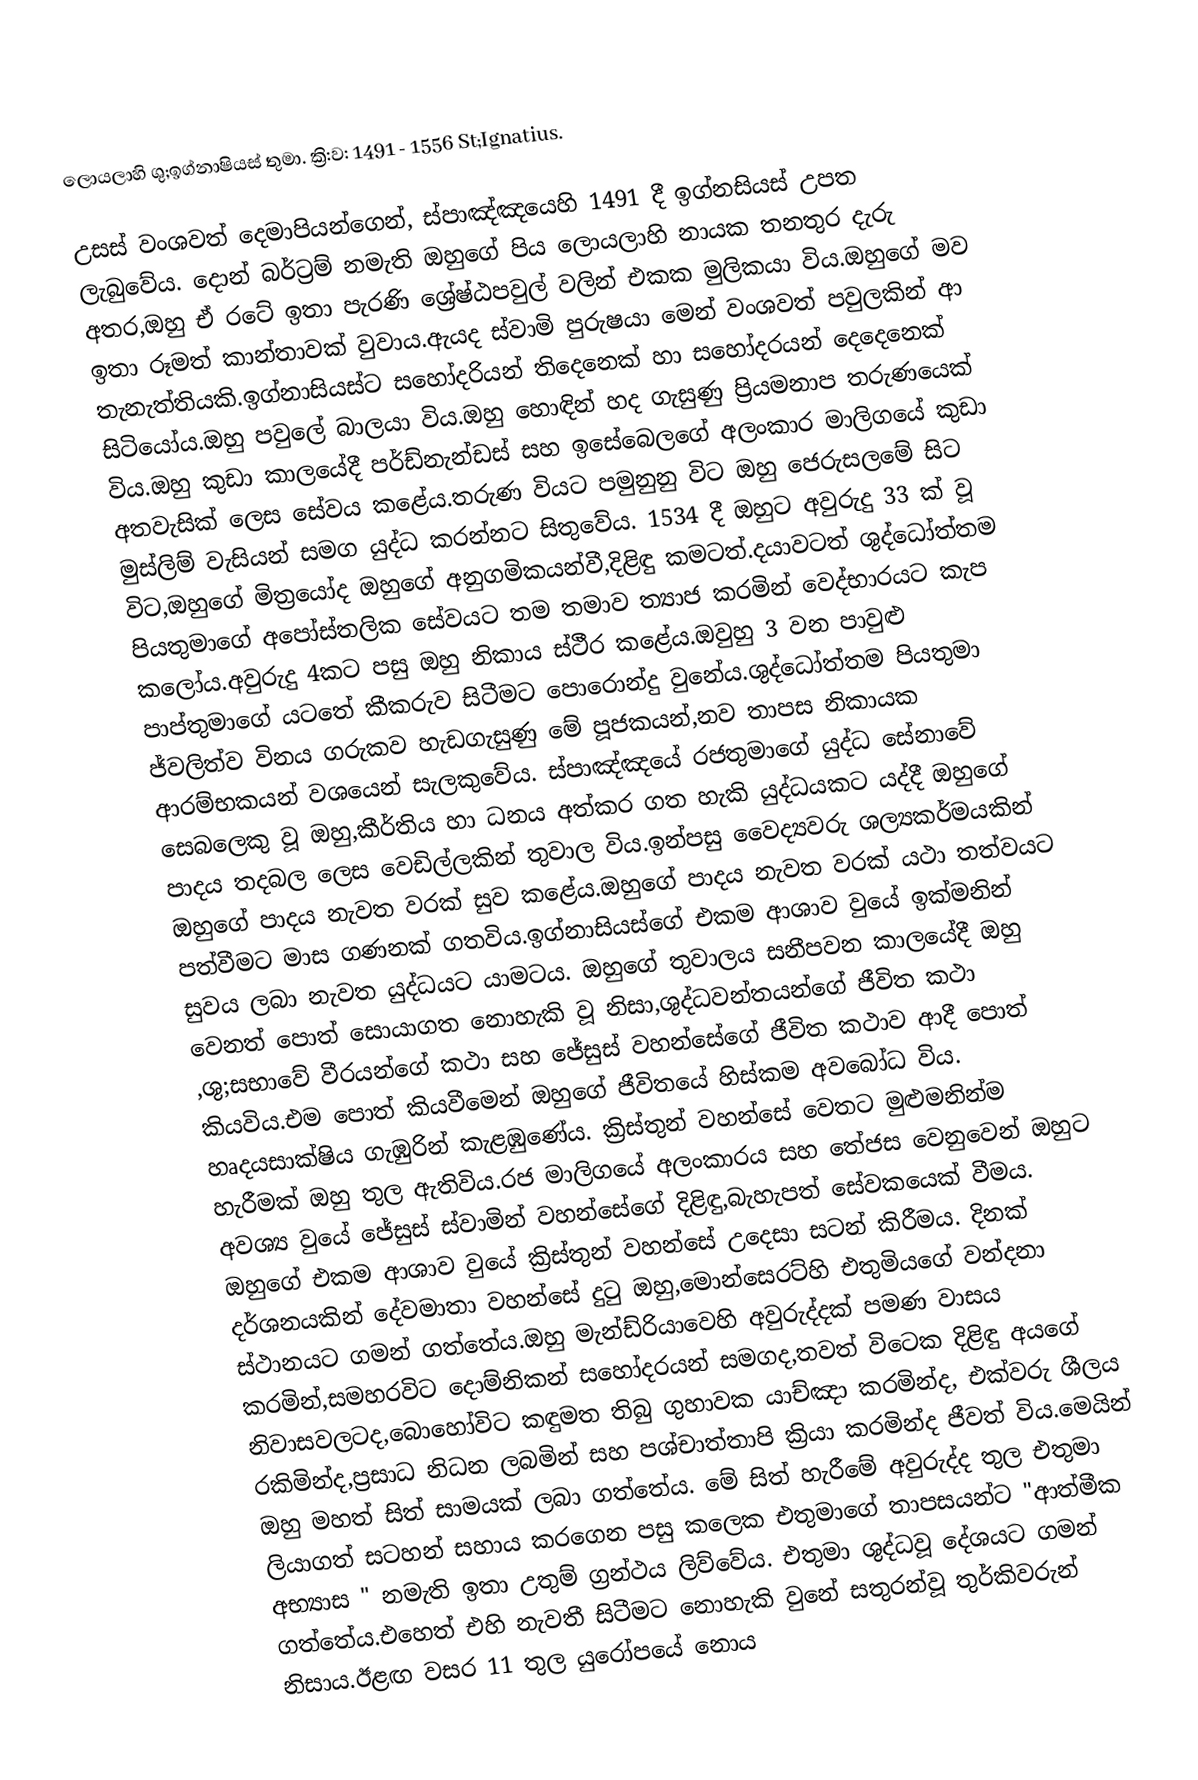
ලොයලාහි ශු;ඉග්නාෂියස් තුමා. ක්‍රි:ව: 1491 - 1556 St;Ignatius.

උසස් වංශවත් දෙමාපියන්ගෙන්, ස්පාඤ්ඤයෙහි 1491 දී ඉග්නසියස් උපත ලැබුවේය. දොන් බර්ට්‍රම් නමැති ඔහුගේ පිය ලොයලාහි නායක තනතුර දැරු අතර,ඔහු ඒ රටේ ඉතා පැරණි ශ්‍රේෂ්ඨපවුල් වලින් එකක මුලිකයා විය.ඔහුගේ මව ඉතා රූමත් කාන්තාවක් වුවාය.ඇයද ස්වාමි පුරුෂයා මෙන් වංශවත් පවුලකින් ආ තැනැත්තියකි.ඉග්නාසියස්ට සහෝදරියන් තිදෙනෙක් හා සහෝදරයන් දෙදෙනෙක් සිටියෝය.ඔහු පවුලේ බාලයා විය.ඔහු හොඳින් හද ගැසුණු ප්‍රියමනාප තරුණයෙක් විය.ඔහු කුඩා කාලයේදී පර්ඩ්නැන්ඩස් සහ ඉසේබෙලගේ අලංකාර මාලිගයේ කුඩා අතවැසික් ලෙස සේවය කළේය.තරුණ වියට පමුනුනු විට ඔහු ජෙරුසලමේ සිට මුස්ලිම් වැසියන් සමග යුද්ධ කරන්නට සිතුවේය. 1534 දී ඔහුට අවුරුදු 33 ක් වූ විට,ඔහුගේ මිත්‍රයෝද ඔහුගේ අනුගමිකයන්වී,දිළිඳු කමටත්.දයාවටත් ශුද්ධෝත්තම පියතුමාගේ අපෝස්තලික සේවයට තම තමාව ත්‍යාජ කරමින් වෙද්භාරයට කැප කලෝය.අවුරුදු 4කට පසු ඔහු නිකාය ස්ථීර කළේය.ඔවුහු 3 වන පාවුළු පාප්තුමාගේ යටතේ කීකරුව සිටීමට පොරොන්දු වුනේය.ශුද්ධෝත්තම පියතුමා ජ්වලිත්ව විනය ගරුකව හැඩගැසුණු මේ පූජකයන්,නව තාපස නිකායක ආරම්භකයන් වශයෙන් සැලකුවේය. ස්පාඤ්ඤයේ රජතුමාගේ යුද්ධ සේනාවේ සෙබලෙකු වූ ඔහු,කීර්තිය හා ධනය අත්කර ගත හැකි යුද්ධයකට යද්දී ඔහුගේ පාදය තදබල ලෙස වෙඩිල්ලකින් තුවාල විය.ඉන්පසු වෛද්‍යවරු ශල්‍යකර්මයකින් ඔහුගේ පාදය නැවත වරක් සුව කළේය.ඔහුගේ පාදය නැවත වරක් යථා තත්වයට පත්වීමට මාස ගණනක් ගතවිය.ඉග්නාසියස්ගේ එකම ආශාව වුයේ ඉක්මනින් සුවය ලබා නැවත යුද්ධයට යාමටය. ඔහුගේ තුවාලය සනීපවන කාලයේදී ඔහු වෙනත් පොත් සොයාගත නොහැකි වූ නිසා,ශුද්ධවන්තයන්ගේ ජීවිත කථා ,ශු;සභාවේ වීරයන්ගේ කථා සහ ජේසුස් වහන්සේගේ ජීවිත කථාව ආදී පොත් කියවිය.එම පොත් කියවීමෙන් ඔහුගේ ජීවිතයේ හිස්කම අවබෝධ විය. හෘදයසාක්ෂිය ගැඹුරින් කැළඹුණේය. ක්‍රිස්තුන් වහන්සේ වෙතට මුළුමනින්ම හැරීමක් ඔහු තුල ඇතිවිය.රජ මාලිගයේ අලංකාරය සහ තේජස වෙනුවෙන් ඔහුට අවශ්‍ය වුයේ ජේසුස් ස්වාමින් වහන්සේගේ දිළිඳු,බැහැපත් සේවකයෙක් වීමය. ඔහුගේ එකම ආශාව වුයේ ක්‍රිස්තුන් වහන්සේ උදෙසා සටන් කිරීමය. දිනක් දර්ශනයකින් දේවමාතා වහන්සේ දුටු ඔහු,මොන්සෙරට්හි එතුමියගේ වන්දනා ස්ථානයට ගමන් ගත්තේය.ඔහු මැන්ඩ්රියාවෙහි අවුරුද්දක් පමණ වාසය කරමින්,සමහරවිට දොම්නිකන් සහෝදරයන් සමගද,තවත් විටෙක දිළිඳු අයගේ නිවාසවලටද,බොහෝවිට කඳුමත තිබු ගුහාවක යාච්ඤා කරමින්ද, එක්වරු ශීලය රකිමින්ද,ප්‍රසාධ නිධන ලබමින් සහ පශ්චාත්තාපි ක්‍රියා කරමින්ද ජීවත් විය.මෙයින් ඔහු මහත් සිත් සාමයක් ලබා ගත්තේය. මේ සිත් හැරීමේ අවුරුද්ද තුල එතුමා ලියාගත් සටහන් සහාය කරගෙන පසු කලෙක එතුමාගේ තාපසයන්ට "ආත්මීක අභ්‍යාස " නමැති ඉතා උතුම් ග්‍රන්ථය ලිව්වේය. එතුමා ශුද්ධවූ දේශයට ගමන් ගත්තේය.එහෙත් එහි නැවතී සිටීමට නොහැකි වුනේ සතුරන්වූ තුර්කිවරුන් නිසාය.ඊළඟ වසර 11 තුල යුරෝපයේ නොය